Report of the Municipal Commissioner on the plague in Bombay for the year ending 31st May... - Volume 3
Disease focus: Plague
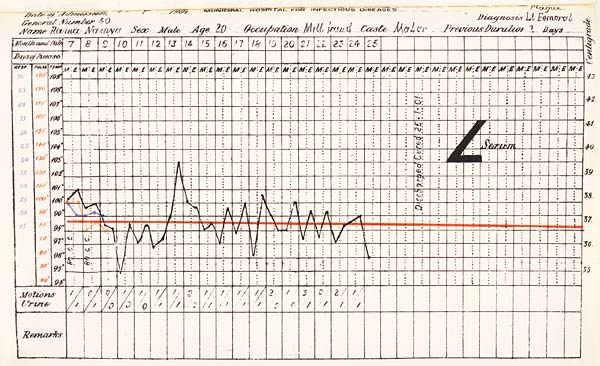
Date
of
Admission
1901
MUNICIPAL
HOSPITAL
FOR
INFECTIOUS
DISEASES.
General
Number
Diagnosis
Name
Sex
Age
Occupation
Caste
Previous
Duration